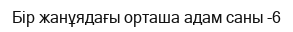
Бір жанұядағы орташа адам саны -6